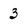
Character: 3